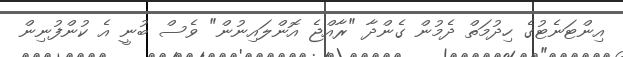
އިންޓަނެޓުގެ ހިދުމަތް ދެމުން ގެންދާ "ރާއްޖެ އޮންލައިނުން" ވެސް ބުނީ އެ ކުންފުނިން